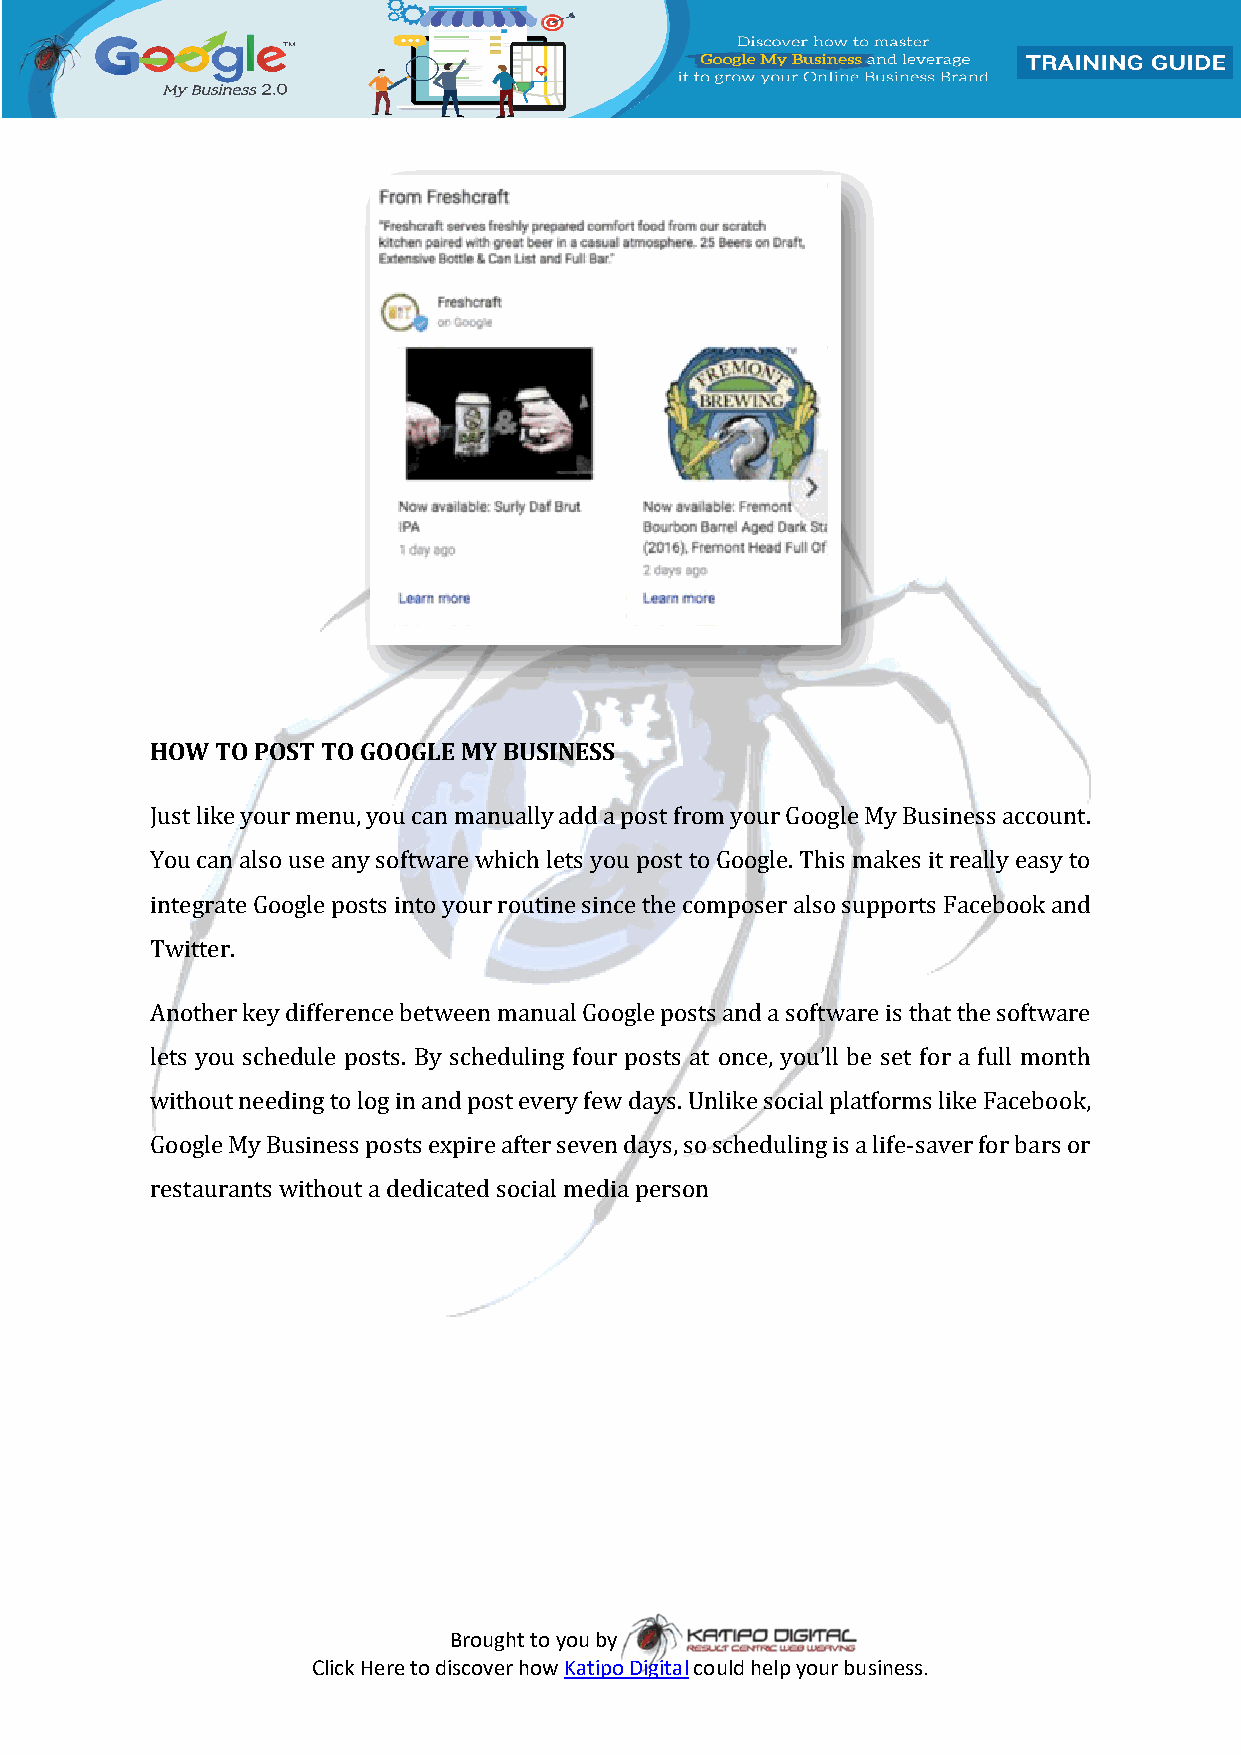
HOW TO POST TO GOOGLE MY BUSINESS
 Just like your menu, you can manually add a post from your Google My Business account.
 You can also use any software which lets you post to Google. This makes it really easy to
 integrate Google posts into your routine since the composer also supports Facebook and
 Twitter.
 Another key difference between manual Google posts and a software is that the software
 lets you schedule posts. By scheduling four posts at once, you’ll be set for a full month
 without needing to log in and post every few days. Unlike social platforms like Facebook,
 Google My Business posts expire after seven days, so scheduling is a life-saver for bars or
 restaurants without a dedicated social media person
 Brought to you by
 Click Here to discover how Katipo Digital could help your business.